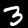
Label: 3